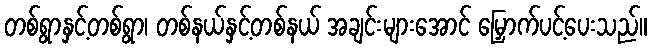
တစ်ရွာနှင့်တစ်ရွာ၊ တစ်နယ်နှင့်တစ်နယ် အချင်းများအောင် မြှောက်ပင့်ပေးသည်။